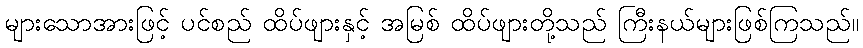
များသောအားဖြင့် ပင်စည် ထိပ်ဖျားနှင့် အမြစ် ထိပ်ဖျားတို့သည် ကြီးနယ်များဖြစ်ကြသည်။